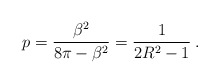
\begin{align*}\displaystyle p=\frac{\beta ^{2}}{8\pi -\beta ^{2}}=\frac{1}{2R^{2}-1}\: .\end{align*}